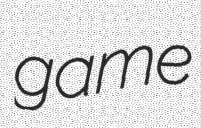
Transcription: game